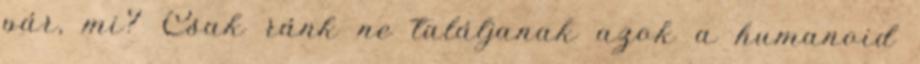
pár, mi? Csak ránk ne találjanak azok a humanoid